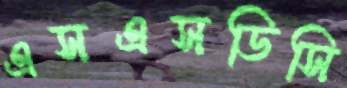
এসএসডিসি